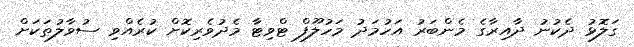
ގަލޮޅު ދެކުނު ދާއިރާގެ މެންބަރު އަހުމަދު މަހުލޫފް ޓްވިޓާ މެދުވެރިކޮށް ކުރެއްވި ސުވާލުތަކަށް